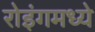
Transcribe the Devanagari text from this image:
रोइंगमध्ये